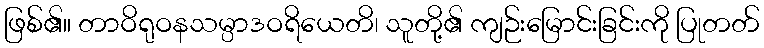
ဖြစ်၏။ တာဝိရုဝနသမ္ပာဒဝရိယေတိ၊ သူတို့၏ ကျဉ်းမြောင်းခြင်းကို ပြုတတ်